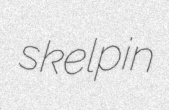
skelpin